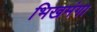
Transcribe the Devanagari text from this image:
भिखमंगा